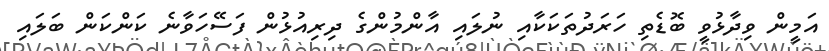
އަމީން ވިދާޅުވީ ބޮޑެތި ހަރަދުތަކަކާއި ނުލައި އާންމުންގެ ދިރިއުޅުން ފަސޭހަވާނެ ކަންކަން ބަލައި